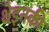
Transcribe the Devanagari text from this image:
थेइनकी